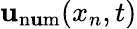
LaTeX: \mathbf{u}_{\mathrm{{n\mathbf{u}m}}}(x_{n},t)